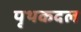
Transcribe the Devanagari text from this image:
पृथकदल